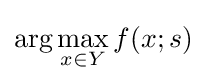
\arg \max _{x\in Y}f(x;s)